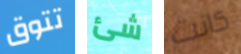
تتوق شئ كانت